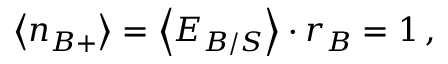
\quad \: \left< n _ { B + } \right> = \left< E _ { B / S } \right> \cdot r _ { B } = 1 \, ,